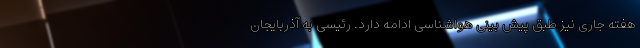
هفته جاری نیز طبق پیش بینی هواشناسی ادامه دارد. رئیسی به آذربایجان‌